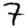
Digit: 7